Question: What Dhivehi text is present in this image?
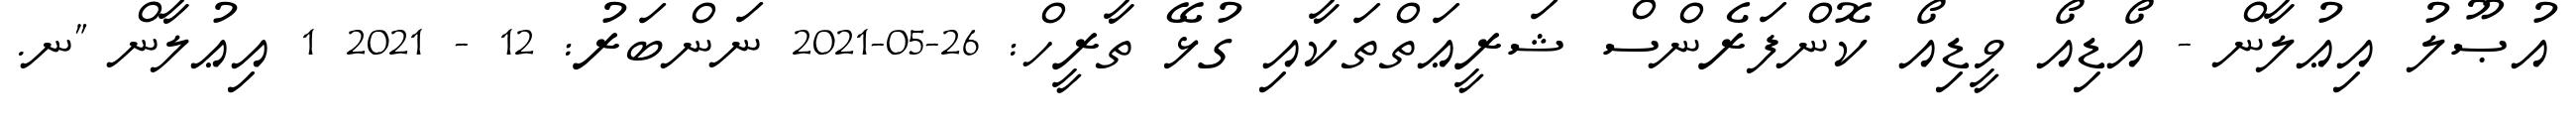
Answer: އުޞޫލު އިޢުލާން - އޯޑިއޯ ވީޑިއޯ ކޮންފަރެންސް ޝަރީޢަތްތަކާއި ގުޅޭ ތާރީހް: 26-05-2021 ނަންބަރު: 12 - 2021 1 އިޢުލާން "ނ.